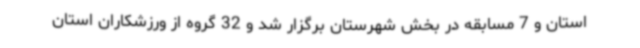
استان و 7 مسابقه در بخش شهرستان برگزار شد و 32 گروه از ورزشکاران استان